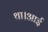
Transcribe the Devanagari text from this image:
था।आई